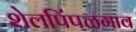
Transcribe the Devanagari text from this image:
शेलपिंपळगाव